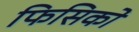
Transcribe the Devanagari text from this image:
फिसिको